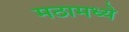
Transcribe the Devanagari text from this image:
मठामध्ये